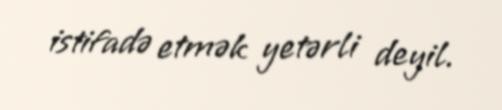
istifadə etmək yetərli deyil.